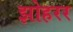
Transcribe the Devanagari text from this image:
झोहरर